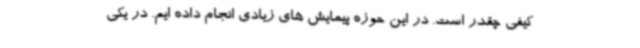
کیفی چقدر است. در این حوزه پیمایش های زیادی انجام داده ایم. در یکی